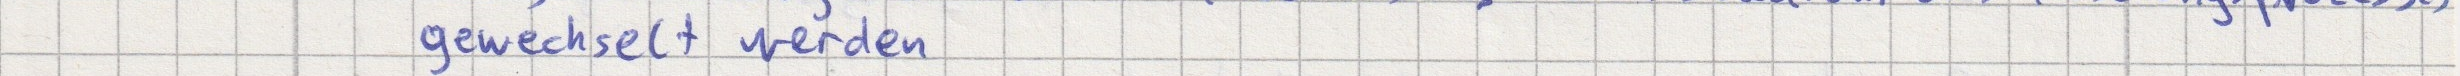
gewechselt werden